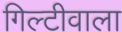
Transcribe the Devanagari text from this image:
गिल्टीवाला